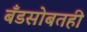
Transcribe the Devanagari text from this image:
बँडसोबतही